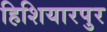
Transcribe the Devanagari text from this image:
हिशियारपुर